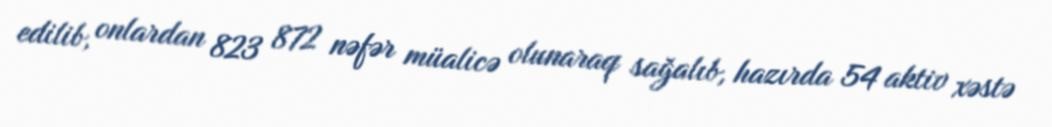
edilib, onlardan 823 872 nəfər müalicə olunaraq sağalıb, hazırda 54 aktiv xəstə